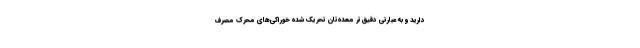
دارید و به عبارتی دقیق‌تر معده‌تان تحریک شده خوراکی‌های محرک مصرف